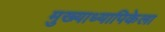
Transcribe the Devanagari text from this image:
मुख्याध्यापिकेला